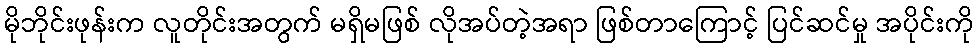
မိုဘိုင်းဖုန်းက လူတိုင်းအတွက် မရှိမဖြစ် လိုအပ်တဲ့အရာ ဖြစ်တာကြောင့် ပြင်ဆင်မှု အပိုင်းကို